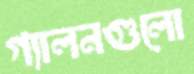
গ্যালনগুলো